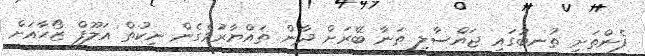
ފެންތަށި ތުނބުގައި ޖައްސާލި ތަނާ ބޭރަށް ދާން ތައްޔާރުވެގެން ނިކުތް އަލޫފް ޒޯހާއަށް